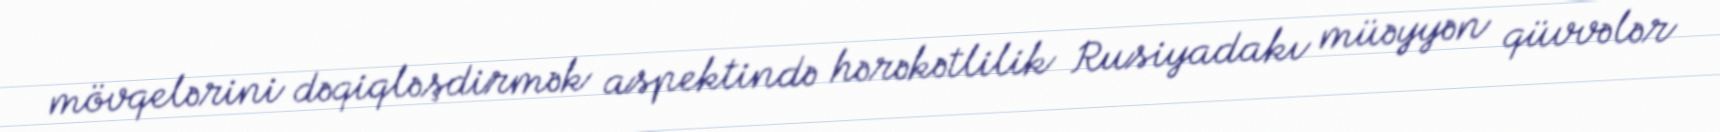
mövqelərini dəqiqləşdirmək aspektində hərəkətlilik Rusiyadakı müəyyən qüvvələr